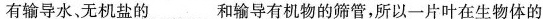
有输导水、无机盐的___和输导有机物的筛管，所以一片叶在生物体的